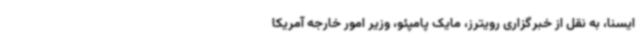
ایسنا، به نقل از خبرگزاری رویترز، مایک پامپئو، وزیر امور خارجه آمریکا